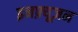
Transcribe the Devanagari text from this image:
इनफ़्यूज़न